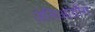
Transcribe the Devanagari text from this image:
ज़ेलिआंग्रौंग